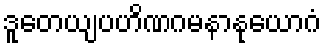
ဒူတေယျပဟိဏဂမနာနုယောဂံ